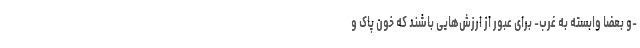
-و بعضاً وابسته به غرب- برای عبور از ارزش‌هایی باشند که خون پاک و